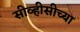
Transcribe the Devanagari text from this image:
सीव्हीसीच्या